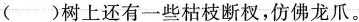
()树上还有一些枯枝断权，仿佛龙爪。